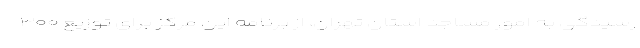
رسیدگی به امور مساجد استان تهران، از برنامه این مرکز برای توزیع ۳۰۰